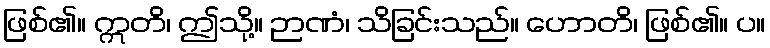
ဖြစ်၏။ ဣတိ၊ ဤသို့။ ဉာဏံ၊ သိခြင်းသည်။ ဟောတိ၊ ဖြစ်၏။ ပ။